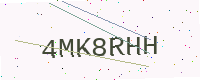
Text: 4MK8RHH